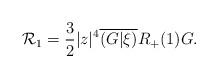
LaTeX: \begin{align*}\mathcal R_1= \frac 3 2 |z|^4 \overline{(G|\xi)}R_+(1)G.\end{align*}